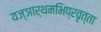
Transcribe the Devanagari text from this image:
यज्ञार्थमभिप्रवृत्ता